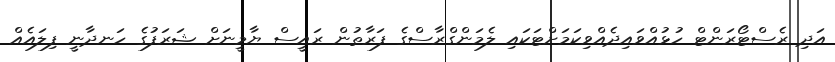
އަދި ރެސްޓޯރަންޓް ހުޅުއްވައިދެއްވިކަމަށްޓަކައި ލެމަންގްރާސްގެ ފަރާތުން ރައީސް ޔާމީނަށް ޝަރަފުގެ ހަނދާނީ ފިލައެއް